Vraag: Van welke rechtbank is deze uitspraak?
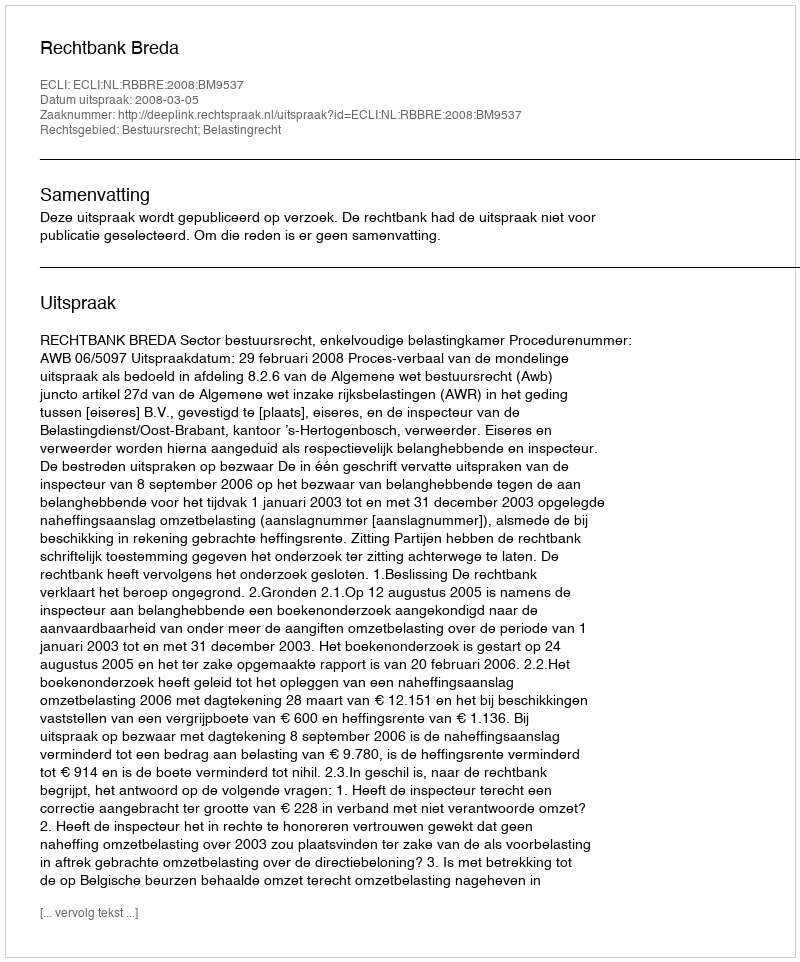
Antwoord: Rechtbank Breda